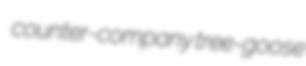
counter-company tree-goose